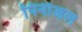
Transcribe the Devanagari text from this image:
पिनीअल